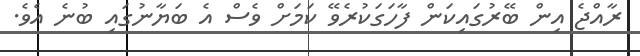
ރާއްޖެ އިން ބޭރުގައިކަން ފާހަގަކުރެވޭ ކަމަށް ވެސް އެ ބަޔާނުގައި ބުނެ އެވެ.